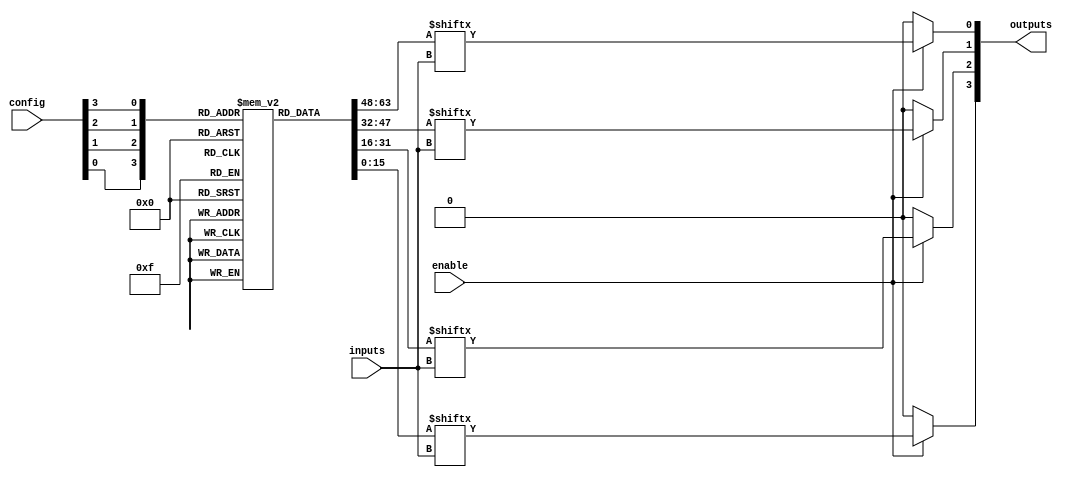
module combinational_logic_block (
    input wire [3:0] inputs,          // 4-bit input signals
    input wire [3:0] config,          // Configuration signals for LUTs
    input wire enable,                 // Enable signal for outputs
    output reg [3:0] outputs           // 4-bit output signals
);

// LUTs for combinational logic
reg [15:0] lut [0:3];                // 4 LUTs with 16 possible configurations each

// Configuration memory for LUTs
initial begin
    // Example configurations for LUTs (AND, OR, NOT, XOR)
    lut[0] = 16'b0000000000000000;    // AND function
    lut[1] = 16'b1111111111111111;    // OR function
    lut[2] = 16'b1111111111111110;    // NOT function (inverted)
    lut[3] = 16'b1010101010101010;    // XOR function
end

// Combinational logic implementation
always @(*) begin
    if (enable) begin
        // Apply the LUT based on the configuration
        outputs[0] = lut[config[0]][inputs]; // LUT 0
        outputs[1] = lut[config[1]][inputs]; // LUT 1
        outputs[2] = lut[config[2]][inputs]; // LUT 2
        outputs[3] = lut[config[3]][inputs]; // LUT 3
    end else begin
        outputs = 4'b0000; // Outputs are inactive when not enabled
    end
end

endmodule